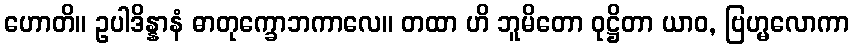
ဟောတိ။ ဥပါဒိန္နာနံ ဓာတုက္ခောဘကာလေ။ တထာ ဟိ ဘူမိတော ဝုဋ္ဌိတာ ယာဝ, ဗြဟ္မလောကာ